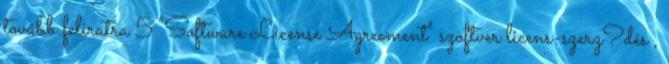
tovább feliratra 5 "Software License Agreement" szoftver licens-szerz?dés ,